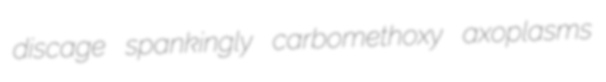
discage spankingly carbomethoxy axoplasms